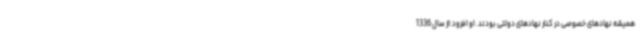
همیشه نهادهای خصوصی در کنار نهادهای دولتی بودند. او افزود:از سال 1336